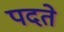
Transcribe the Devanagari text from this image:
पदते